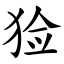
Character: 猃